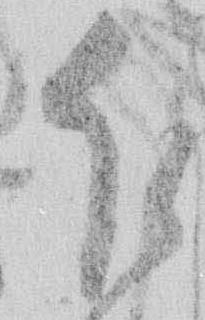
乍